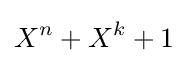
X^{n}+X^{k}+1